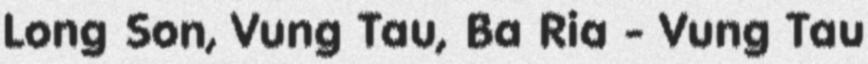
Long Son, Vung Tau, Ba Ria - Vung Tau